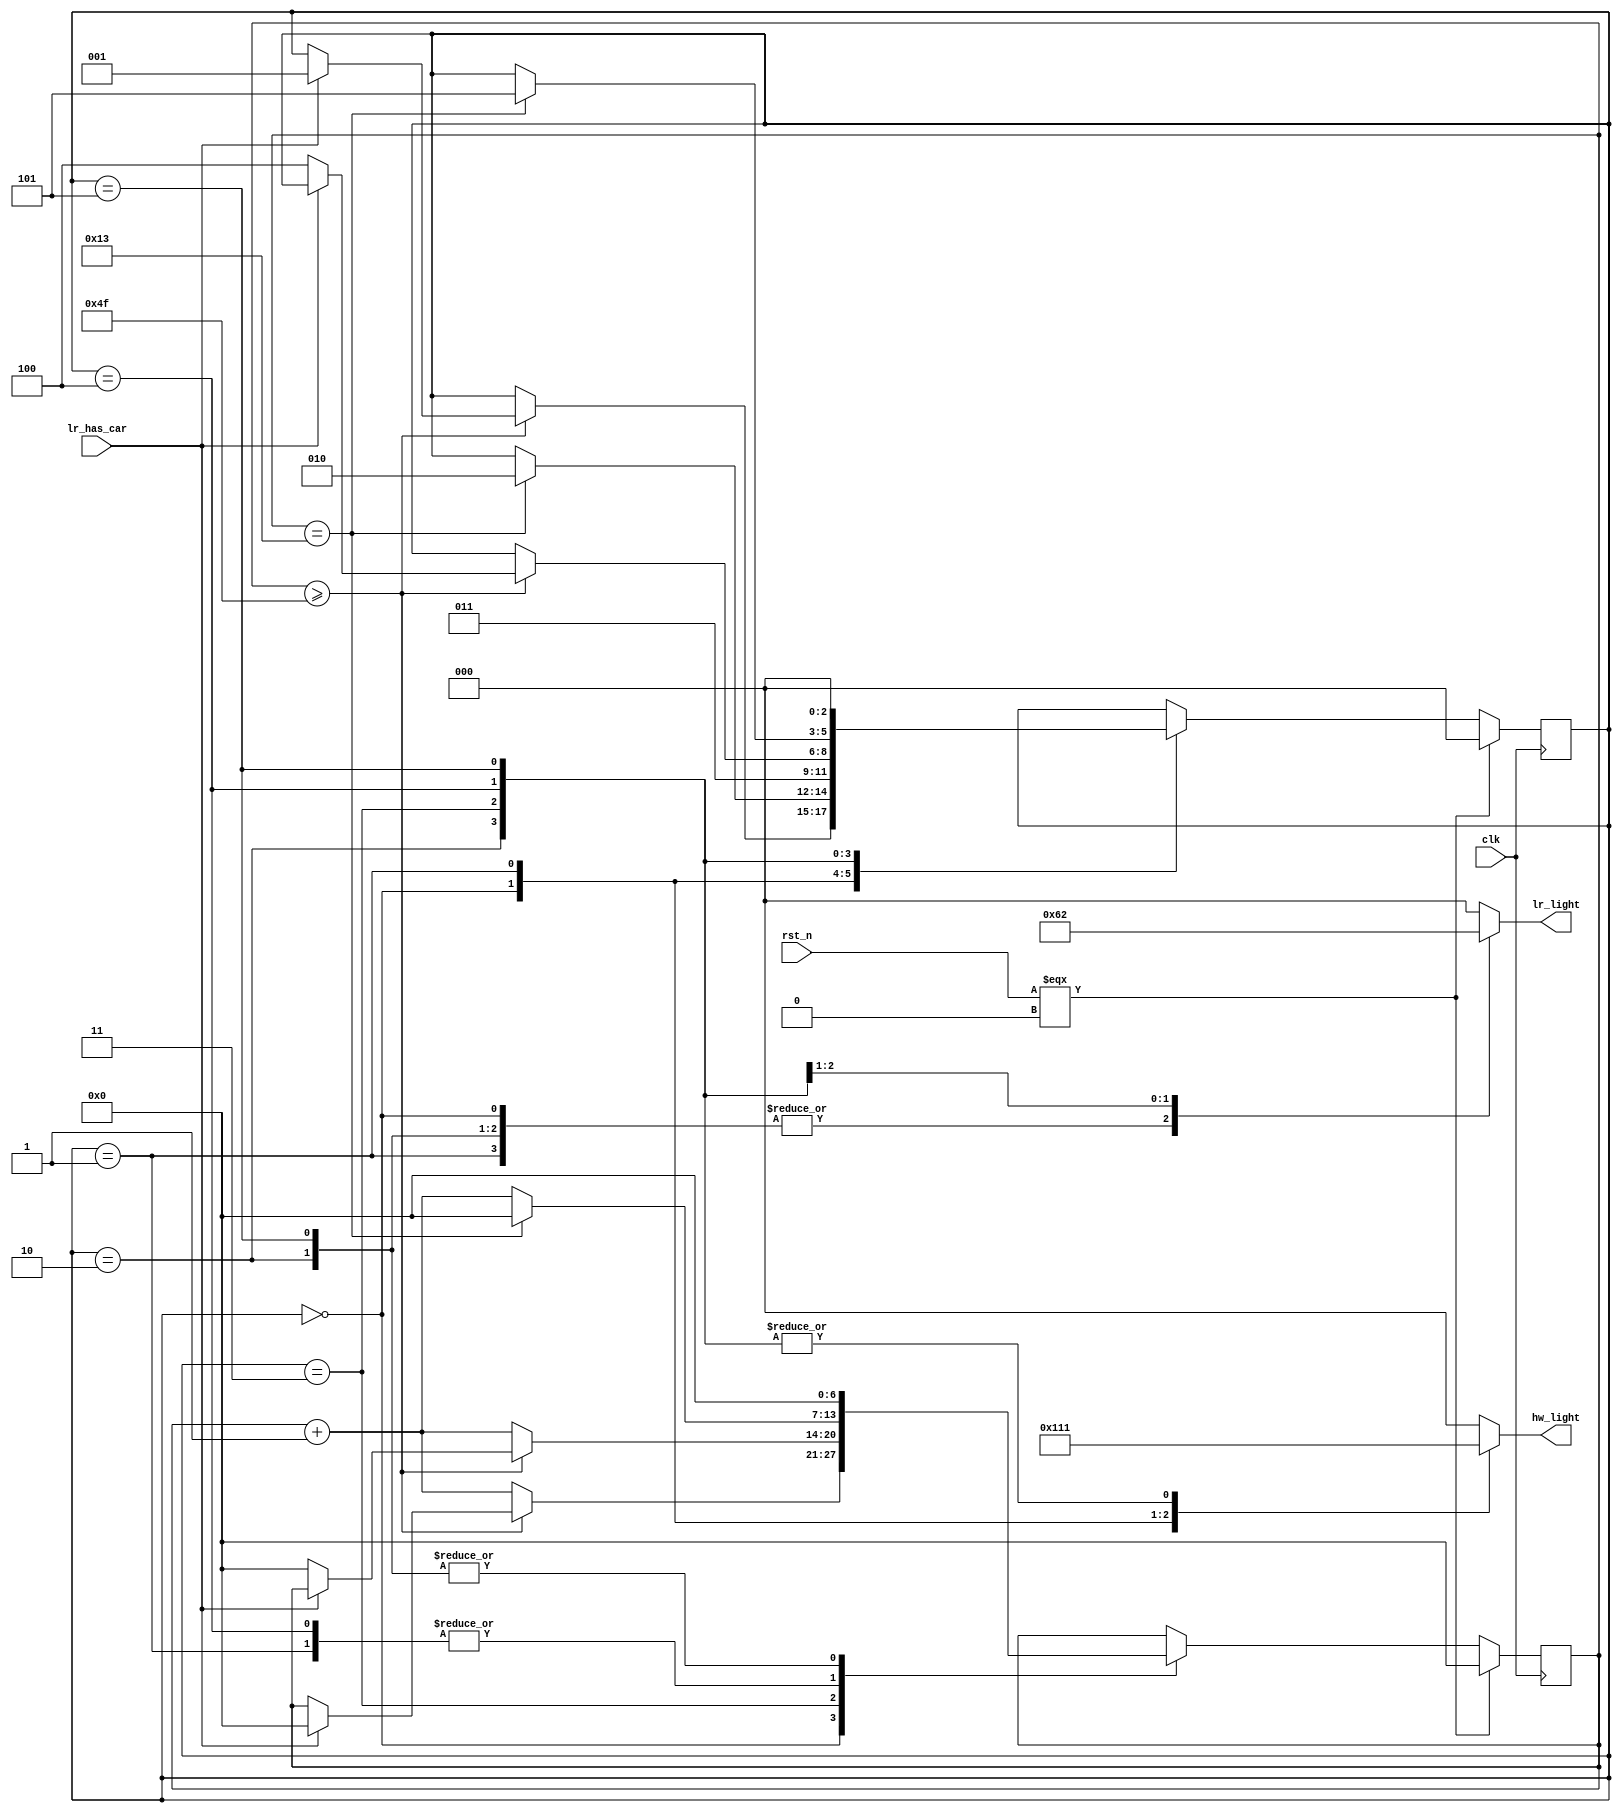
`timescale 1ns/1ps

module Traffic_Light_Controller (clk, rst_n, lr_has_car, hw_light, lr_light);
input clk, rst_n;
input lr_has_car;
output reg[2:0] hw_light;
output reg[2:0] lr_light;
//Green 100, Yellow 010, Red 001

parameter
Green = 3'b100,
Yellow = 3'b010,
Red = 3'b001;

parameter
hw_G = 3'd0,
hw_Y = 3'd1,
hw_R = 3'd2,
lr_G = 3'd3,
lr_Y = 3'd4,
lr_R = 3'd5;

reg [6:0] cyc = 7'd0;
reg [6:0] next_cyc;
reg [2:0] state = hw_G;
reg [2:0] next_state;

wire cyc80, cyc20;
assign cyc80 = (cyc >= 7'd79);
assign cyc20 = (cyc == 7'd19);

// Always block for update the States
always@(posedge clk) begin
    if(rst_n === 1'b0)begin
        state <= hw_G;
        cyc <= 7'd0;
    end
    else begin
        state <= next_state;
        cyc <= next_cyc;
    end
end

// Always block for the Light Ouput
always@(*) begin
    case(state)
    hw_G: begin
        hw_light = Green;
        lr_light = Red;
    end
    hw_Y: begin
        hw_light = Yellow;
        lr_light = Red;
    end
    hw_R, lr_R: begin
        hw_light = Red;
        lr_light = Red;
    end
    lr_G: begin
        hw_light = Red;
        lr_light = Green;
    end
    lr_Y: begin
        hw_light = Red;
        lr_light = Yellow;
    end
    default : begin
        hw_light = 3'b000;
        lr_light = 3'b000;
    end
    endcase
end

// Always block for calculate the Next States
always@(*) begin
    next_state = state;
    next_cyc = cyc;
    case(state)
    hw_G: begin
        if(cyc80) begin
            if(lr_has_car) begin
                next_state = hw_Y;
                next_cyc = 7'd0;
            end else begin 
                next_state = state;
                next_cyc = cyc;
            end
        end else begin
            next_state = state;
            next_cyc = cyc + 7'd1;
        end
    end
    hw_Y: begin
        if(cyc20) begin
            next_state = hw_R;
            next_cyc = 7'd0;
        end else begin
            next_state = state;
            next_cyc = cyc + 7'd1;
        end
    end
    hw_R: begin
        next_state = lr_G;
        next_cyc = 7'd0;
    end
    lr_G: begin
        if(cyc80) begin
            if(!lr_has_car) begin
                next_state = lr_Y;
                next_cyc = 7'd0;
            end else begin 
                next_state = state;
                next_cyc = cyc;
            end
        end else begin
            next_state = state;
            next_cyc = cyc + 7'd1;
        end
    end
    lr_Y: begin
        if(cyc20) begin
            next_state = lr_R;
            next_cyc = 7'd0;
        end else begin
            next_state = state;
            next_cyc = cyc + 7'd1;
        end
    end
    lr_R: begin
        next_state = hw_G;
        next_cyc = 7'd0;
    end
    default: begin
        next_state = state;
        next_cyc = cyc;
    end
    endcase
end

endmodule

/*
module Traffic_Light_Controller (clk, rst_n, lr_has_car, hw_light, lr_light);
input clk, rst_n;
input lr_has_car;
output reg [2:0] hw_light;
output reg [2:0] lr_light;
//Green 100, Yellow 010, Red 001

reg [7:0] cycle_cnt;

parameter
Green = 3'b100,
Yellow = 3'b010,
Red = 3'b001,

hw_G = 3'd0,
hw_Y = 3'd1,
hw_R = 3'd2,
lr_G = 3'd3,
lr_Y = 3'd4,
lr_R = 3'd5;

reg [2:0] state, next_state;

always@(posedge clk) begin
    if(rst_n == 1'b0)begin
        state <= hw_G;
        cycle_cnt <= 1'b0;
    end
    else begin
        if((state == lr_R))begin
            state <= next_state;
            cycle_cnt <= 1'b0;
        end
        else if((state == lr_Y) && cycle_cnt == 8'd20)begin
            state <= next_state;
            cycle_cnt <= 1'b0;
        end
        else if((state == lr_G) && cycle_cnt == 8'd80)begin
            state <= next_state;
            cycle_cnt <= 1'b0;
        end
        else if ((state == hw_R))begin
            state <= next_state;
            cycle_cnt <= 1'b0;
        end
        else if ((state == hw_Y) && cycle_cnt == 8'd20)begin
            state <= next_state;
            cycle_cnt <= 1'b0;
        end
        else if ((state == hw_G) && (cycle_cnt == 8'd80) && (lr_has_car))begin
            state <= next_state;
            cycle_cnt <= 1'b0;
        end
        else if (cycle_cnt == 8'd80) begin
            cycle_cnt <= cycle_cnt;
        end
        else cycle_cnt <= cycle_cnt + 1'b1;
    end
end

always@(*) begin
    case(state)
    hw_G: begin
        hw_light = Green;
        lr_light = Red;
        next_state = hw_Y;
    end
    hw_Y: begin
        hw_light = Yellow;
        lr_light = Red;
        next_state = hw_R;
    end
    hw_R: begin
        hw_light = Red;
        lr_light = Red;
        next_state = lr_G;
    end
    lr_G: begin
        hw_light = Red;
        lr_light = Green;
        next_state = lr_Y;
    end
    lr_Y: begin
        hw_light = Red;
        lr_light = Yellow;
        next_state = lr_R;
    end
    lr_R: begin
        hw_light = Red;
        lr_light = Red;
        next_state = hw_G;
    end
    endcase
end

endmodule
*/